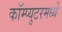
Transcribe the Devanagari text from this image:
कॉम्प्युटरमध्ये